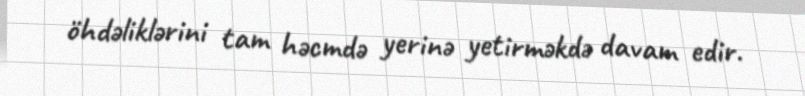
öhdəliklərini tam həcmdə yerinə yetirməkdə davam edir.